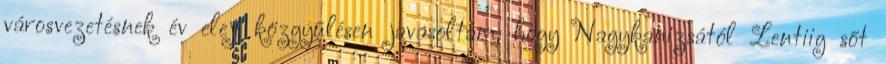
városvezetésnek év eleji közgyűlésen javasoltam, hogy Nagykanizsától Lentiig sőt